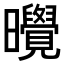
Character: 𪱔